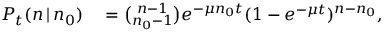
\begin{array} { r l } { P _ { t } ( n \, | \, n _ { 0 } ) } & { { } = { \binom { n - 1 } { n _ { 0 } - 1 } } e ^ { - \mu n _ { 0 } t } ( 1 - e ^ { - \mu t } ) ^ { n - n _ { 0 } } , } \end{array}